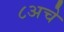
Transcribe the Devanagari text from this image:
८अचे